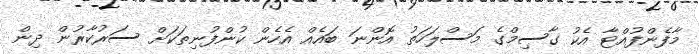
މާފެންފުއްޓާ އެކު ގާސިމްގެ މަސްލަހަތު އޮންނަ ބައެއް އެހެން ކުންފުނިތަކަށް ސަރުކާރުން ދިން